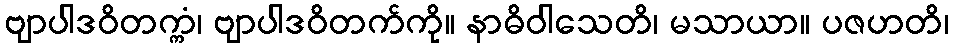
ဗျာပါဒဝိတက္ကံ၊ ဗျာပါဒဝိတက်ကို။ နာဓိဝါသေတိ၊ မသာယာ။ ပဇဟတိ၊